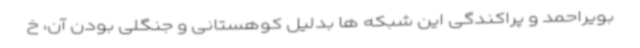
بویراحمد و پراکندگی این شبکه ها بدلیل کوهستانی و جنگلی بودن آن، خ